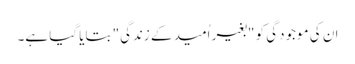
ان کی موجودگی کو "بغیر اُمید کے زندگی" بتایا گیا ہے۔